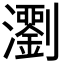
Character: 𤄉